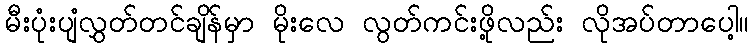
မီးပုံးပျံလွှတ်တင်ချိန်မှာ မိုးလေ လွတ်ကင်းဖို့လည်း လိုအပ်တာပေါ့။